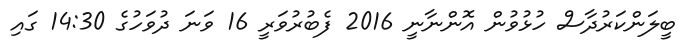
ބީލަންކަރުދާސް ހުޅުވުން އޮންނާނީ 2016 ފެބުރުވަރީ 16 ވަނަ ދުވަހުގެ 14:30 ގައި